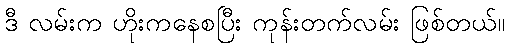
ဒီ လမ်းက ဟိုးကနေစပြီး ကုန်းတက်လမ်း ဖြစ်တယ်။